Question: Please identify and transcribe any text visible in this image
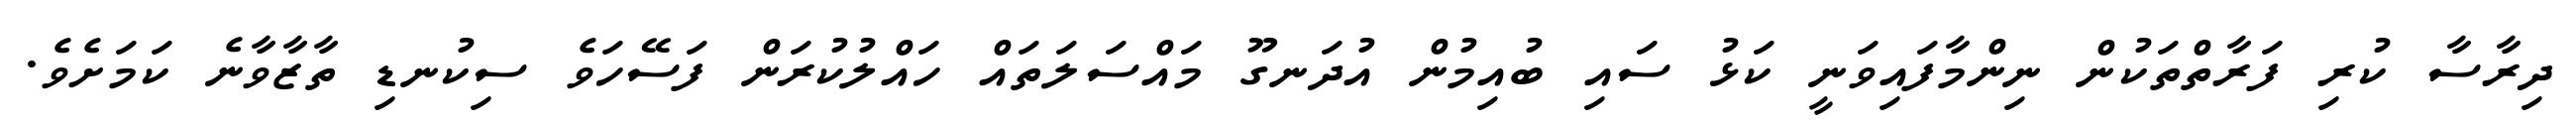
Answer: ދިރާސާ ކުރި ފަރާތްތަކުން ނިންމާފައިވަނީ ކަޅު ސައި ބުއިމުން އުދަނގޫ މައްސަލަތައް ހައްލުކުރަން ފަސޭހަވެ ސިކުނޑި ތާޒާވާނެ ކަމަށެވެ.